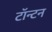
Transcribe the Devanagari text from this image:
टॉन्टन